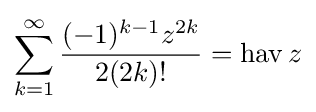
\sum _{k=1}^{\infty }{\frac {(-1)^{k-1}z^{2k}}{2(2k)!}}=\operatorname {hav} z